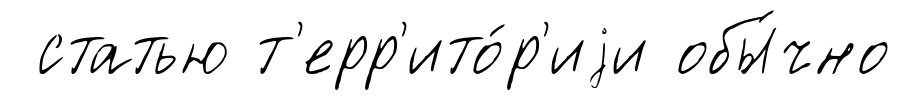
статью т'ерр'ито́р'иjи обы́чно